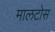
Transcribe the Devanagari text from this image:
मालटोस